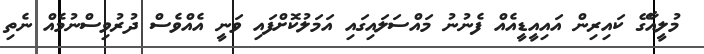
މުލީއާގޭ ކައިރިން އައިއީޑީއެއް ފެނުނު މައްސަލައިގައި އަމަލުކޮށްފައި ވަނީ އެއްވެސް ދުރުވިސްނުމެއް ނެތި